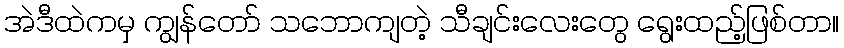
အဲဒီထဲကမှ ကျွန်တော် သဘောကျတဲ့ သီချင်းလေးတွေ ရွေးထည့်ဖြစ်တာ။